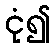
ငုံ၍